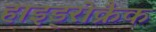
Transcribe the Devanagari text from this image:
हाइड्रोक्रैक